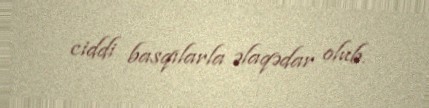
ciddi basqılarla əlaqədar olub.